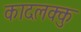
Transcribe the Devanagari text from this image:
कादलक्कु